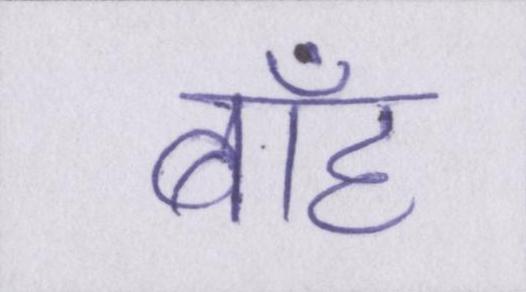
बाँह